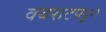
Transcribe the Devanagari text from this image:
वयराटपट्टन